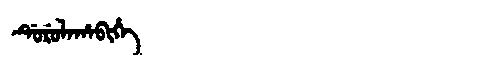
Manchu: ᡩᡠᡵᡠᠯᠠᡥᠠᠪᡳᡥᡝ
Romanization: DURULAHABIHE